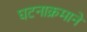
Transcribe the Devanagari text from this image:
घटनाक्रमाने